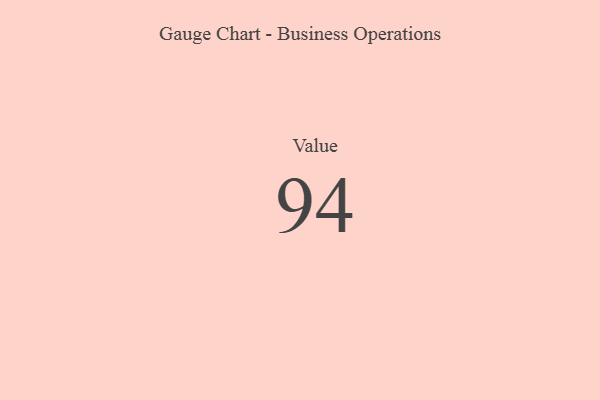
{"axis": {"x": "Metric", "y": "Value"}, "legend": [""], "data": [{"x": "Value", "y": 94, "type": ""}]}